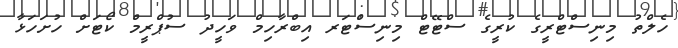
ހެލްތު މިނިސްޓްރީގެ ކުރީގެ ސްޓޭޓް މިނިސްޓަރ އިބްރާހިމް ވަހީދު ސުޕްރީމް ކޯޓަށް ހުށަހަޅާ